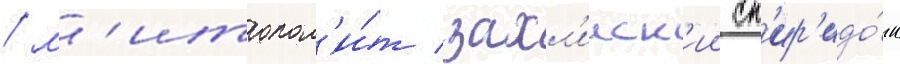
/ м'итропол'и́т захл'ииск'ии сп'ир'идо́н